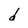
Character: d